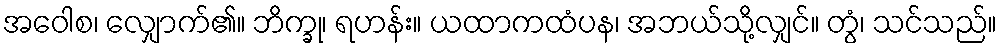
အဝေါစ၊ လျှောက်၏။ ဘိက္ခု၊ ရဟန်း။ ယထာကထံပန၊ အဘယ်သို့လျှင်။ တွံ၊ သင်သည်။